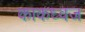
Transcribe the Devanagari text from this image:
काकध्वज